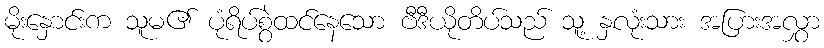
မိုးနှောင်းက သူမ၏ ပုံရိပ်စွဲထင်နေသော ဗီဒီယိုတိပ်သည် သူ့ နှလုံးသား အပြားအလွှာ